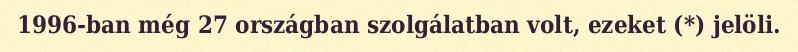
1996-ban még 27 országban szolgálatban volt, ezeket (*) jelöli.